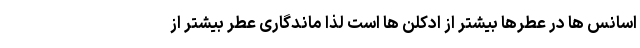
اسانس ها در عطرها بیشتر از ادکلن ها است لذا ماندگاری عطر بیشتر از